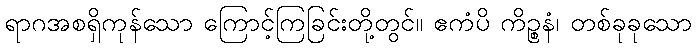
ရာဂအစရှိကုန်သော ကြောင့်ကြခြင်းတို့တွင်။ ဧကံပိ ကိဉ္စနံ၊ တစ်ခုခုသော